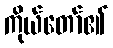
ကိုယ်တော်၏